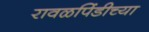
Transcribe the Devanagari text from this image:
रावळपिंडीच्या